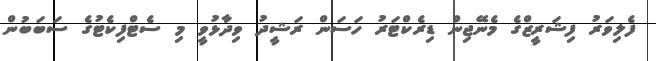
ފެލިވަރު ފިޝަރީޒްގެ މެނޭޖިން ޑިރެކްޓަރު ހަސަން ރަޝީދު ވިދާޅުވީ މި ސެޓްފިކެޓުގެ ސަބަބުން